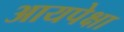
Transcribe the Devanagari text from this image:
आयपेक्षा